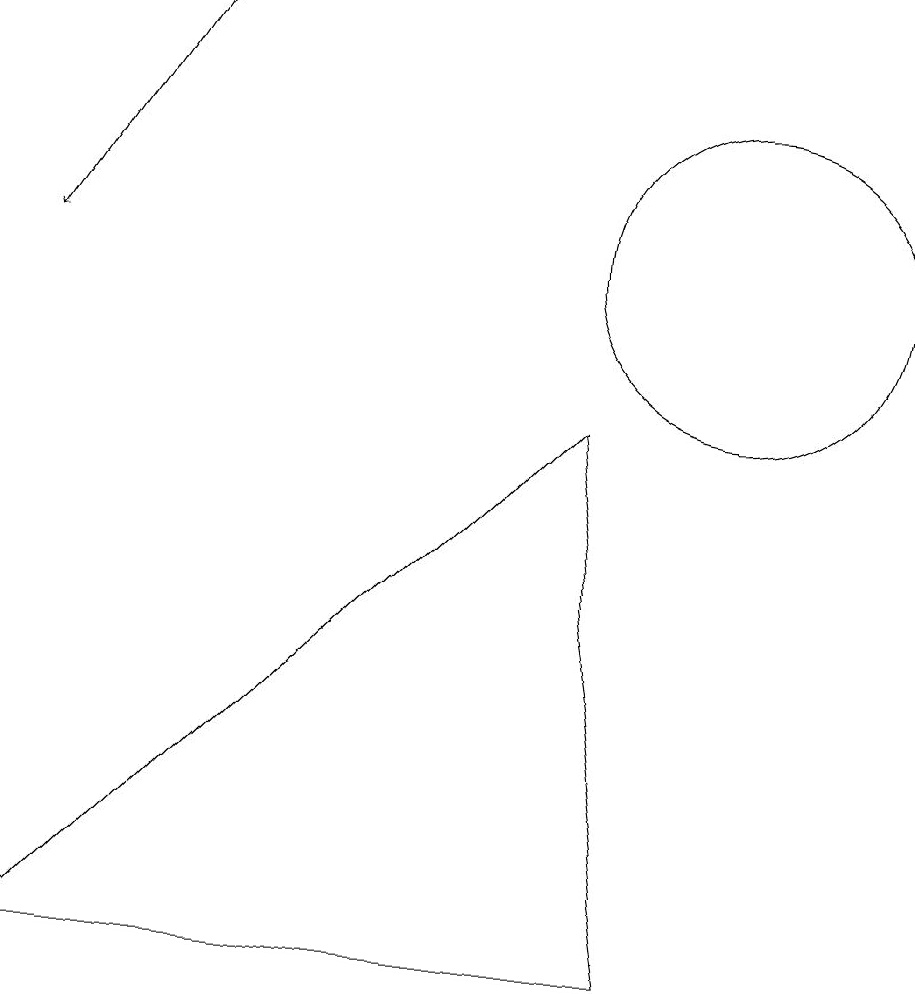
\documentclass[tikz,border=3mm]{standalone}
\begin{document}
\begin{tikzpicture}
\draw (10,11) circle (2);
\draw[->] (3,14) -- (1,11);
\draw (1,2) -- (8,9) -- (9,2) -- cycle;
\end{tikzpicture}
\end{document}